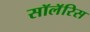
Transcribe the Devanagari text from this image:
सॉलॅरिस